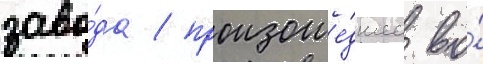
заво́да / произоше́дшее во́